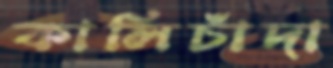
কালিচাঁদা